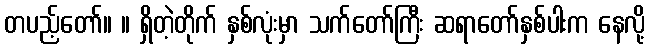
တပည့်တော်။ ။ ရှိတဲ့တိုက် နှစ်လုံးမှာ သက်တော်ကြီး ဆရာတော်နှစ်ပါးက နေလို့